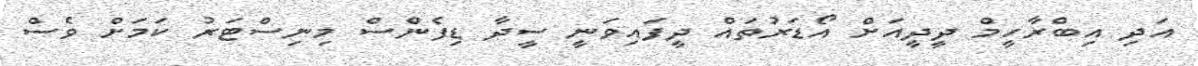
އަދި އިބްރާހީމް ދީދީއަށް އޯޑަރުތައް ދީފައިވަނީ ސީދާ ޑިފެންސް މިނިސްޓަރު ކަމަށް ވެސް